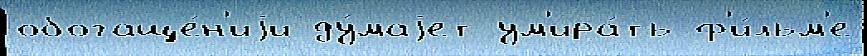
обогаще́н'иjи ду́маjет ум'ира́ть ф'и́льм'е